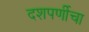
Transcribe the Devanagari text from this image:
दशपर्णीचा